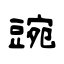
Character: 豌